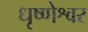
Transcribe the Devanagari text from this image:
धृष्णेश्वर